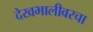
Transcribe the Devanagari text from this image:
देखभालीवरचा